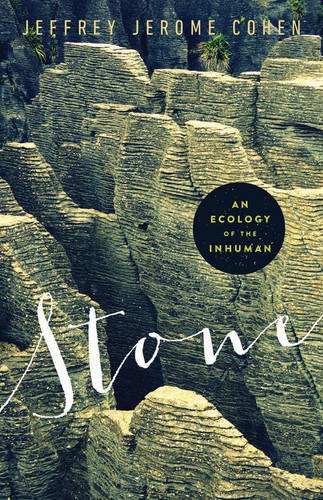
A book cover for Stone: An Ecology of the Inhuman; Jeffrey Jerome Cohen; Science & Math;